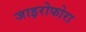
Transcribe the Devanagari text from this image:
जाइरोफोरा